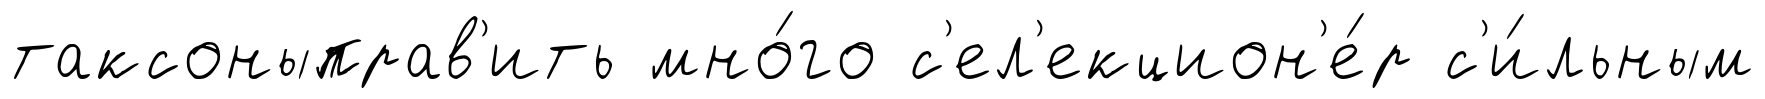
таксоныправ'ить мно́го с'ел'екцион'е́р с'и́льным